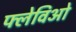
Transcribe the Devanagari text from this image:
फ्लेविओ